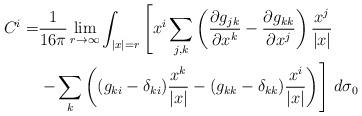
LaTeX: \begin{align*} C^{i}= & \frac{1}{ 16 \pi } \lim_{r\rightarrow \infty} \int_{|x| = r} \left[ x^i\sum_{j,k}\left(\frac{\partial g_{jk}}{\partial x^k}-\frac{\partial g_{kk} }{\partial x^j}\right)\frac{x^j}{|x|}\right. \\&\left. -\sum_k \left((g_{k i} -\delta_{ki})\frac{x^k}{|x|} -(g_{kk} - \delta_{kk})\frac{x^{i}}{|x|}\right) \right] \, d\sigma_0 \end{align*}